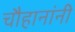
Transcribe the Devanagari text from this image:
चाैहानांनी